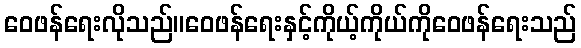
ဝေဖန်ရေးလိုသည်။ဝေဖန်ရေးနှင့်ကိုယ့်ကိုယ်ကိုဝေဖန်ရေးသည်